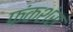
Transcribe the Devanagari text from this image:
फंकशंस